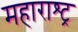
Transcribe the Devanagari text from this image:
महाराश्ट्र